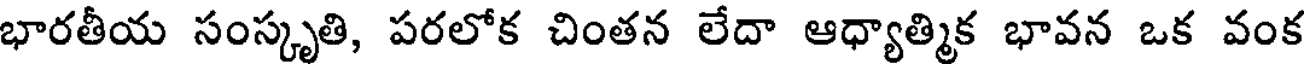
భారతీయ సంస్కృతి, పరలోక చింతన లేదా ఆధ్యాత్మిక భావన ఒక వంక